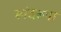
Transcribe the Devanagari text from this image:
स्पंदरूपा